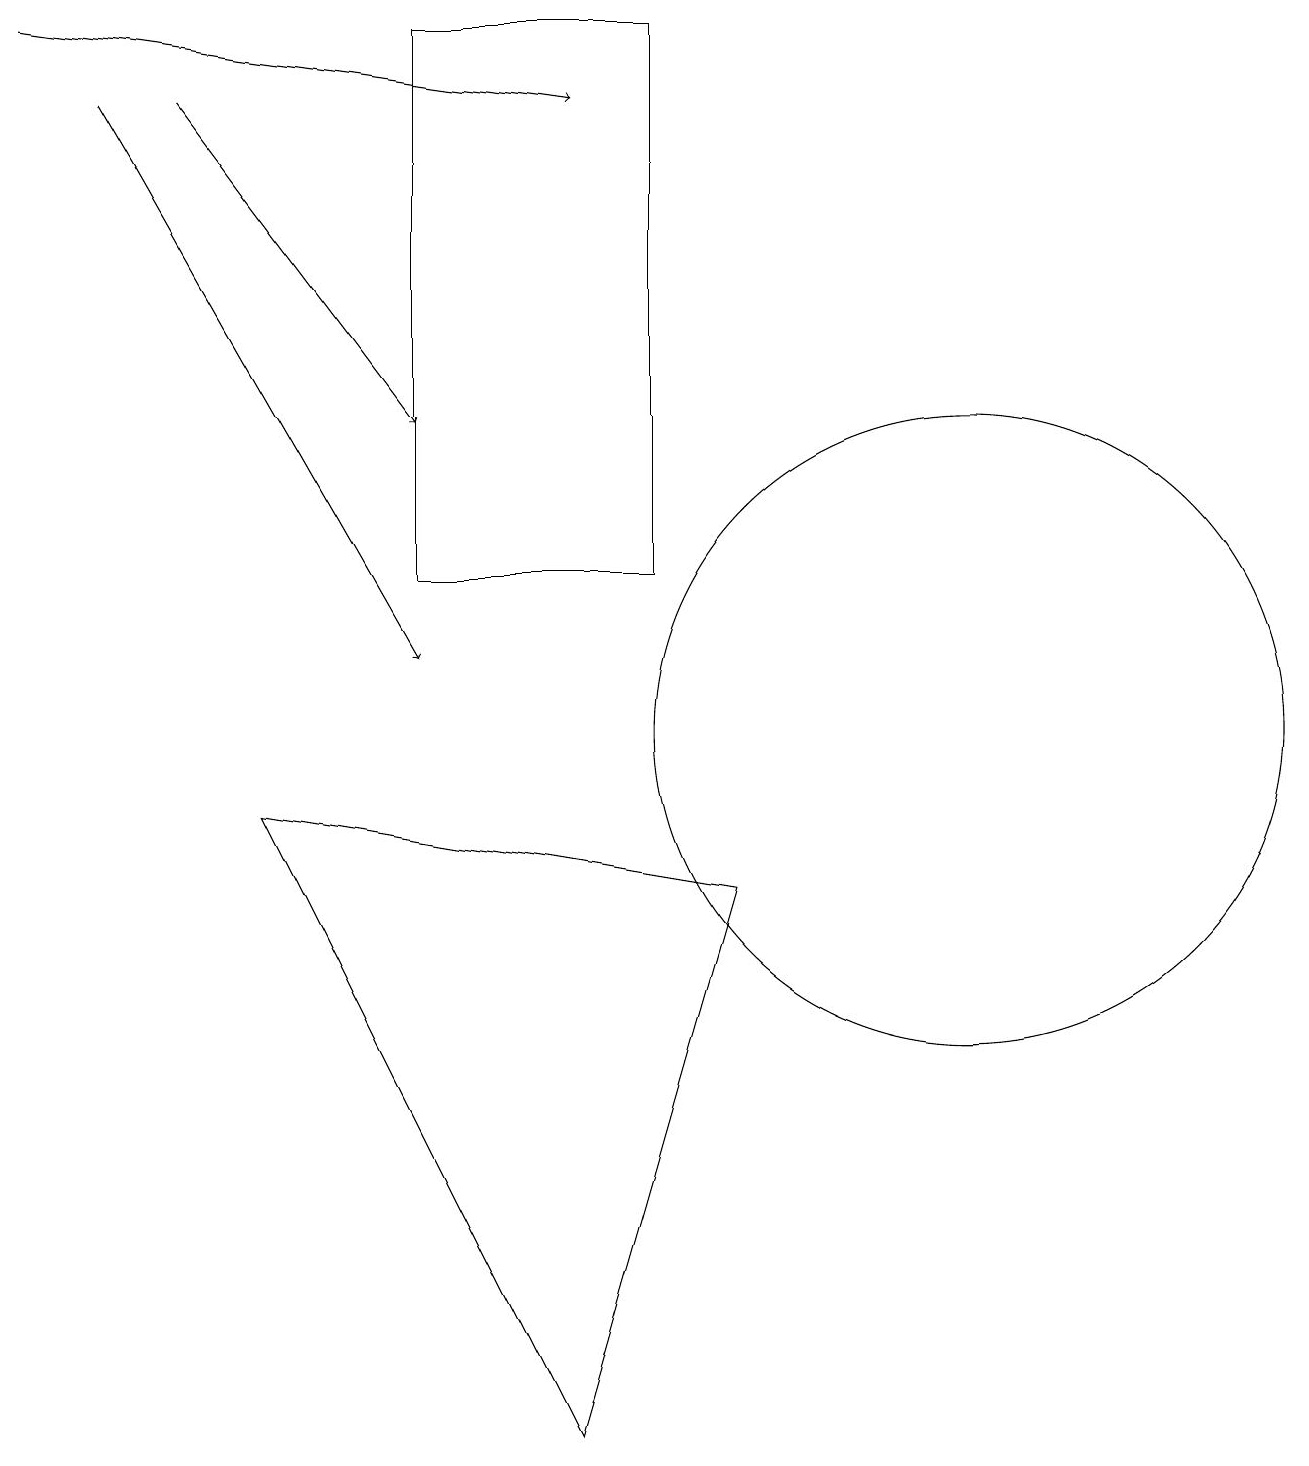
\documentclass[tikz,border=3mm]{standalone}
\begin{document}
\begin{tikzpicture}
\draw (8,19) rectangle (5,12);
\draw[->] (1,18) -- (5,11);
\draw (12,10) circle (4);
\draw (3,9) -- (7,1) -- (9,8) -- cycle;
\draw[->] (2,18) -- (5,14);
\draw[->] (0,19) -- (7,18);
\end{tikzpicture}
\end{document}